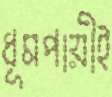
ধূমপায়ীই